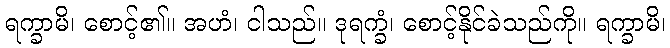
ရက္ခာမိ၊ စောင့်၏။ အဟံ၊ ငါသည်။ ဒုရက္ခံ၊ စောင့်နိုင်ခဲသည်ကို။ ရက္ခာမိ၊